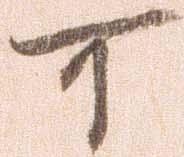
可